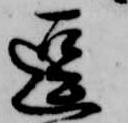
逗